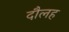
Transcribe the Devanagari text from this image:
दौलह